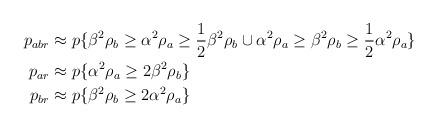
LaTeX: \begin{align*}\begin{aligned}p_{abr} &\approx p\{\beta^2 \rho_b \geq \alpha^2 \rho_a \geq \frac{1}{2} \beta^2\rho_b \cup \alpha^2\rho_a \geq \beta^2 \rho_b \geq \frac{1}{2} \alpha^2\rho_a \} \\p_{ar} &\approx p\{\alpha^2 \rho_a \geq 2 \beta^2\rho_b \} \\p_{br} &\approx p\{\beta^2 \rho_b \geq 2 \alpha^2\rho_a \} \end{aligned}\end{align*}